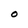
Character: o